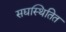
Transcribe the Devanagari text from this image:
सद्यस्थितित